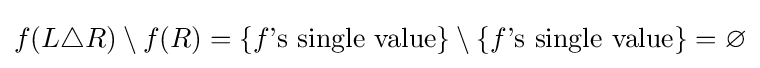
f(L\triangle R)\setminus f(R)=\{f{\text{'s single value}}\}\setminus \{f{\text{'s single value}}\}=\varnothing